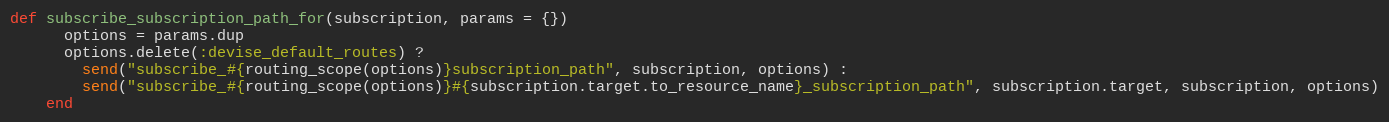
Language: Ruby
def subscribe_subscription_path_for(subscription, params = {})
      options = params.dup
      options.delete(:devise_default_routes) ?
        send("subscribe_#{routing_scope(options)}subscription_path", subscription, options) :
        send("subscribe_#{routing_scope(options)}#{subscription.target.to_resource_name}_subscription_path", subscription.target, subscription, options)
    end